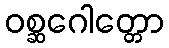
ဝစ္ဆဂေါတ္တော